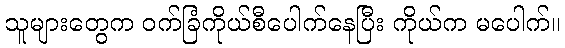
သူများတွေက ဝက်ခြံကိုယ်စီပေါက်နေပြီး ကိုယ်က မပေါက်။